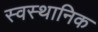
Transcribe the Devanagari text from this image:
स्वस्थानिक